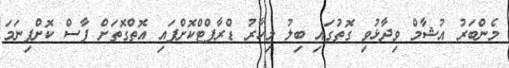
މެންބަރު އުޝާމް ވިދާޅުވި ގޮތުގައި ބިލު މިހާރު ޑްރާފްޓްކޮށްފައި އޮތްގޮތަށް ފާސް ކޮށްފިނަމަ